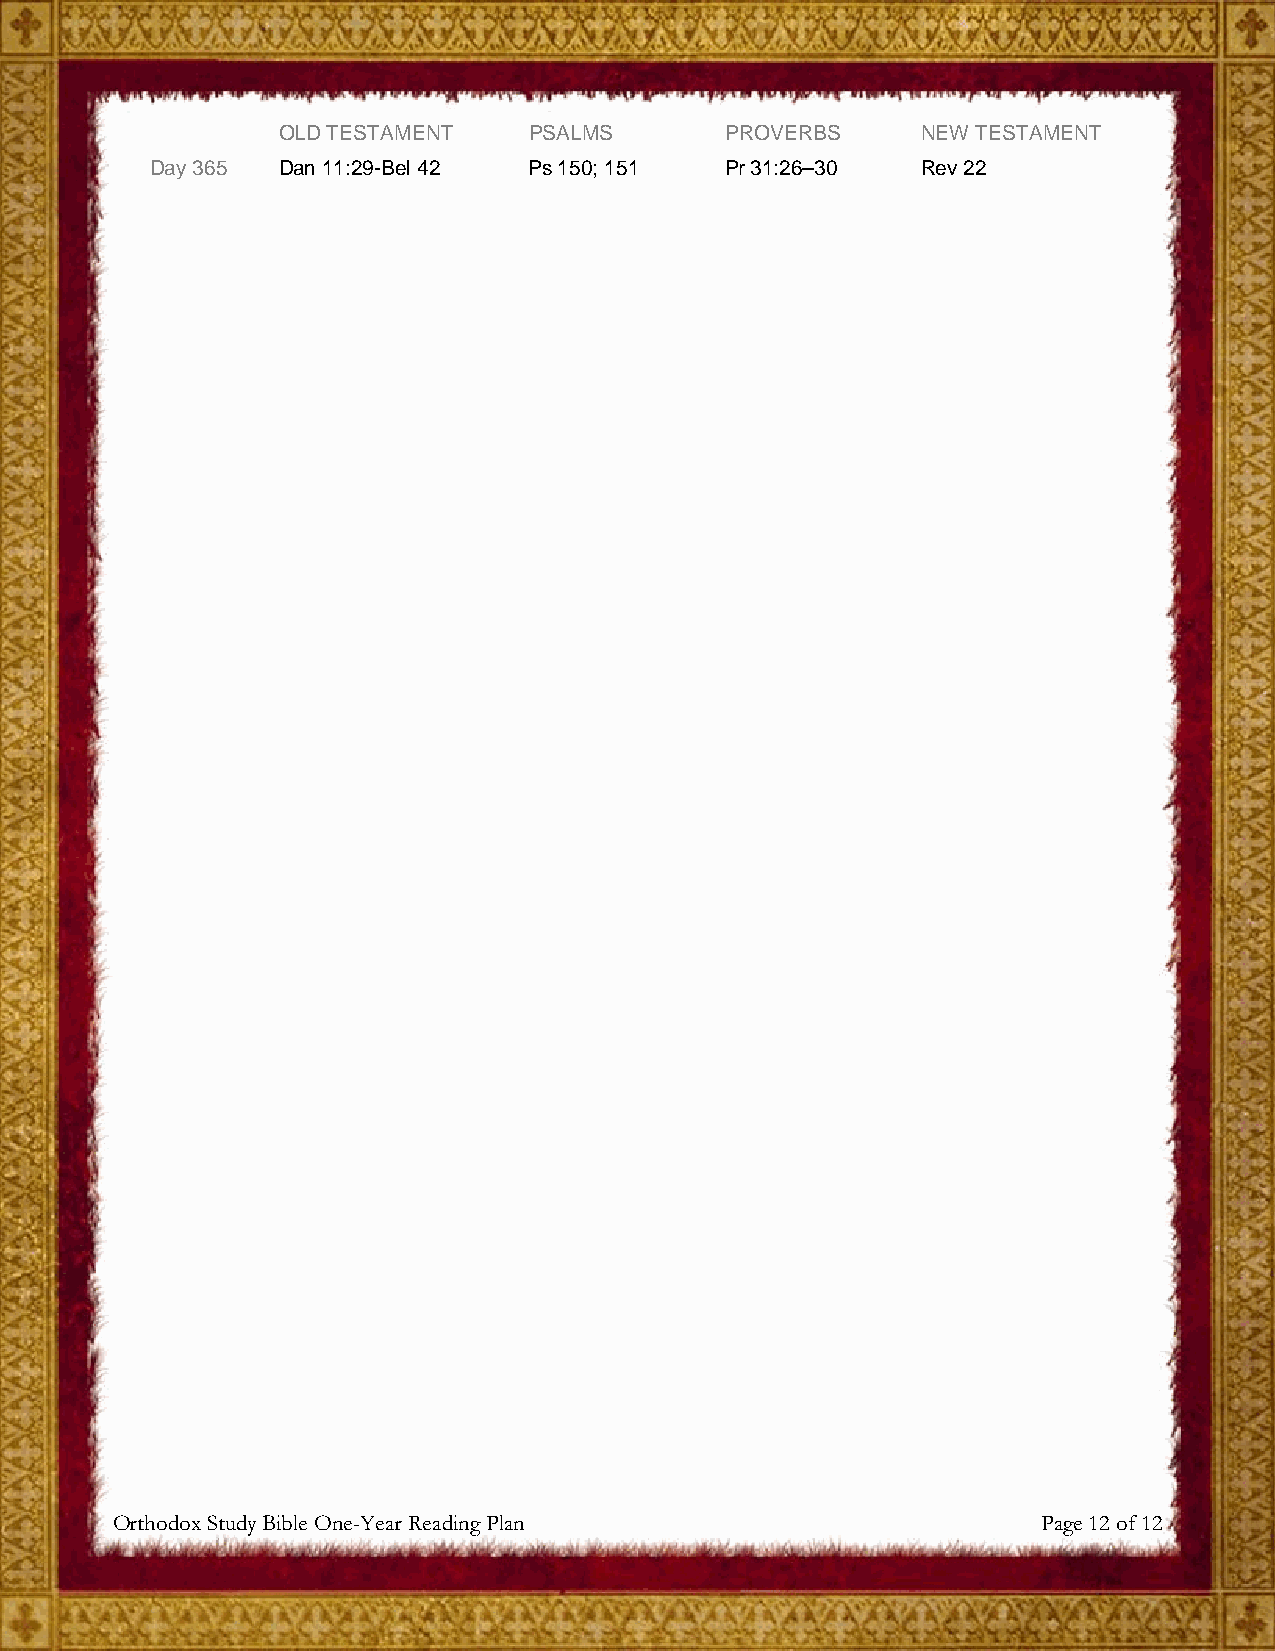
OLD TESTAMENT    PSALMS       PROVERBS     NEW TESTAMENT
 Day 365 Dan 11:29-Bel 42 Ps 150; 151  Pr 31:26–30  Rev 22
 Orthodox Study Bible One-Year Reading Plan                    Page 12 of 12